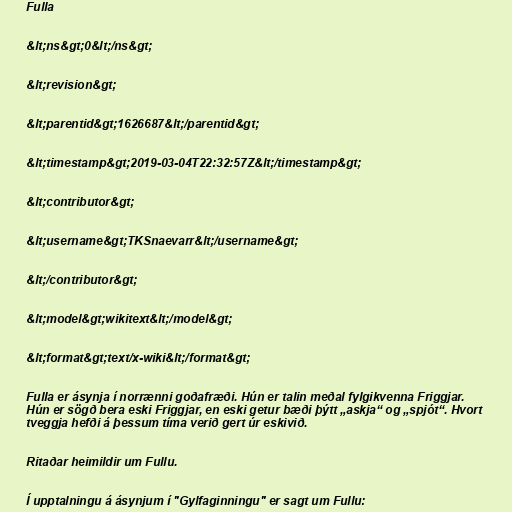
Fulla

&lt;ns&gt;0&lt;/ns&gt;

&lt;revision&gt;

&lt;parentid&gt;1626687&lt;/parentid&gt;

&lt;timestamp&gt;2019-03-04T22:32:57Z&lt;/timestamp&gt;

&lt;contributor&gt;

&lt;username&gt;TKSnaevarr&lt;/username&gt;

&lt;/contributor&gt;

&lt;model&gt;wikitext&lt;/model&gt;

&lt;format&gt;text/x-wiki&lt;/format&gt;

Fulla er ásynja í norrænni goðafræði. Hún er talin meðal fylgikvenna Friggjar.
Hún er sögð bera eski Friggjar, en eski getur bæði þýtt „askja“ og „spjót“. Hvort
tveggja hefði á þessum tíma verið gert úr eskivið.

Ritaðar heimildir um Fullu.

Í upptalningu á ásynjum í "Gylfaginningu" er sagt um Fullu: